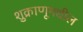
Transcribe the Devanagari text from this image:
शुक्राणूमधील